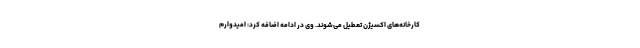
کارخانه‌های اکسیژن تعطیل می‌شوند. وی در ادامه اضافه کرد: امیدوارم